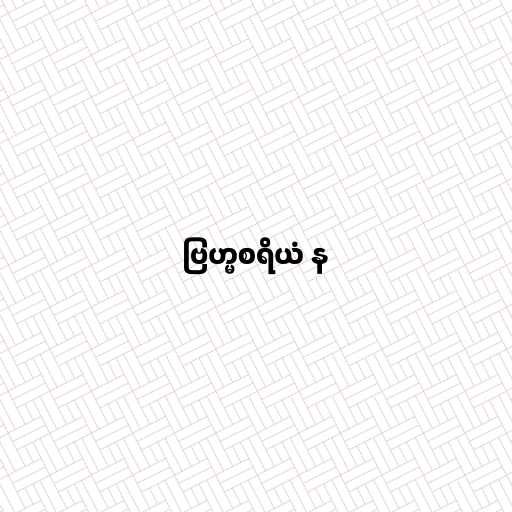
ဗြဟ္မစရိယံ န